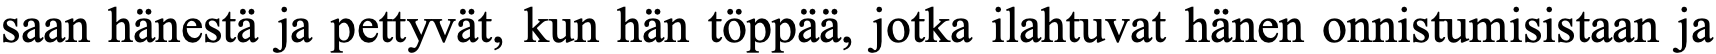
saan hänestä ja pettyvät, kun hän töppää, jotka ilahtuvat hänen onnistumisistaan ja